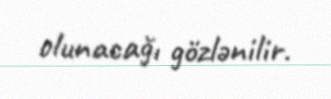
olunacağı gözlənilir.